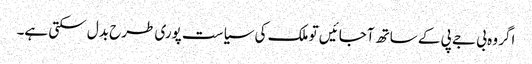
اگر وہ بی جے پی کے ساتھ آجائیں تو ملک کی سیاست پوری طرح بدل سکتی ہے۔